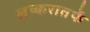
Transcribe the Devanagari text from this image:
लष्करातर्फे